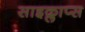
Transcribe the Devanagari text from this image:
साइक्लाप्स